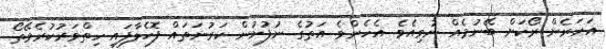
އަހަރެން ރޯކަށް ބޭނުމެއް ނުވިއެވެ. އެހެންވެ އަތުގެ ނުފުށުން ކަރުނަތައް ފޮހެލާފައި ހިތްވަރުކުރެވޭތޯ